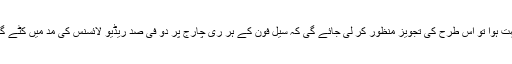
بہت ہوا تو اس طرح کی تجویز منظور کر لی جائے گی کہ سیل فون کے ہر ری چارج پر دو فی صد ریڈیو لائسنس کی مد میں کٹے گا۔